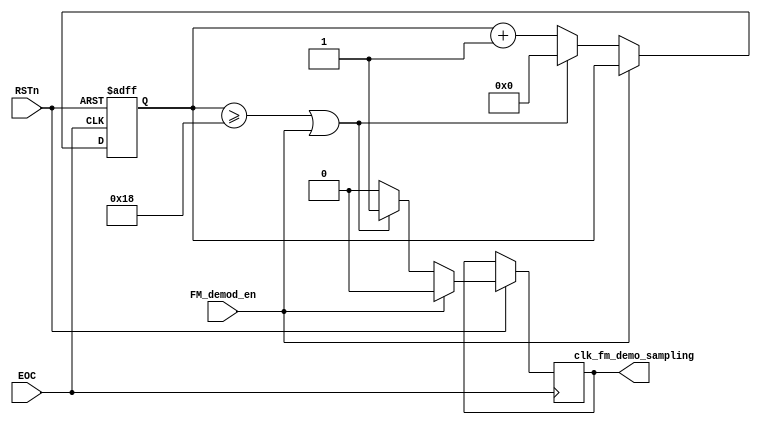

module clk_fm_demo_sample_pwm 
	#( parameter BPS_PARA = 25 )    //400Khz(EOC)/BPS_PARA = audio samping rate. BPS_PARA=20: 20kHz
	(
	input FM_demod_en,
	input EOC,
	input RSTn,
	output reg clk_fm_demo_sampling
);

reg	[5:0] cnt = 0;
always @ (posedge EOC or negedge RSTn) begin
	if(~RSTn) cnt <= 6'b0;
        else if (~FM_demod_en) begin
            if((cnt >= BPS_PARA-1)||(FM_demod_en)) begin
                cnt                  <= 6'b0;
                clk_fm_demo_sampling <= 1'b1;
            end
            else begin cnt <= cnt + 1'b1;clk_fm_demo_sampling <= 1'b0; end
        end
        else clk_fm_demo_sampling <= 1'b0;
    end

endmodule